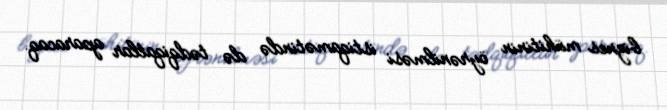
biznes mühitinin öyrənilməsi istiqamətində də tədqiqatlar aparacaq.